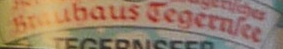
Bmubaus egernlee